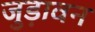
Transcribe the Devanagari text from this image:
जुड़ावन